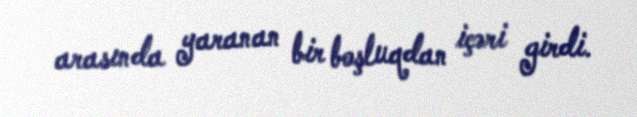
arasında yaranan bir boşluqdan içəri girdi.